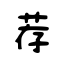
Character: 荐